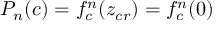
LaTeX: P _ { n } ( c ) = f _ { c } ^ { n } ( z _ { c r } ) = f _ { c } ^ { n } ( 0 )